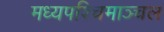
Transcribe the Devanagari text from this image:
मध्यपश्चिमाञ्चल